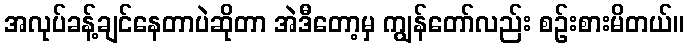
အလုပ်ခန့်ချင်နေတာပဲဆိုတာ အဲဒီတော့မှ ကျွန်တော်လည်း စဉ်းစားမိတယ်။